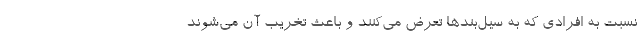
نسبت به افرادی که به سیل‌بندها تعرض می‌کنند و باعث تخریب آن می‌شوند